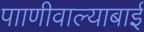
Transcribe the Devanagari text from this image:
पााणीवाल्याबाई